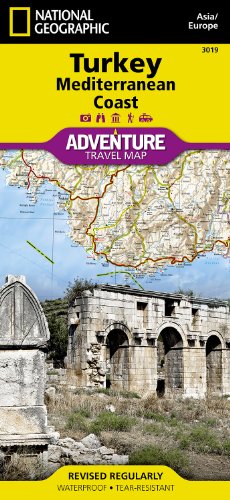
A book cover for Turkey: Mediterranean Coast (National Geographic Adventure Map); National Geographic Maps - Adventure; Travel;